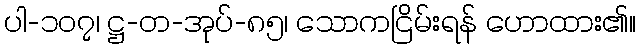
ပါ-၁၀၇၊ ဋ္ဌ-တ-အုပ်-၈၅၊ သောကငြိမ်းရန် ဟောထား၏။